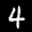
Label: 4